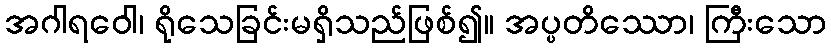
အဂါရဝေါ၊ ရိုသေခြင်းမရှိသည်ဖြစ်၍။ အပ္ပတိဿော၊ ကြီးသော